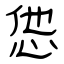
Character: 怹